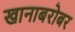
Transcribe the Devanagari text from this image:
खानाबरोबर